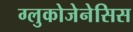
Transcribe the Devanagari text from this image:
ग्लुकोजेनेसिस